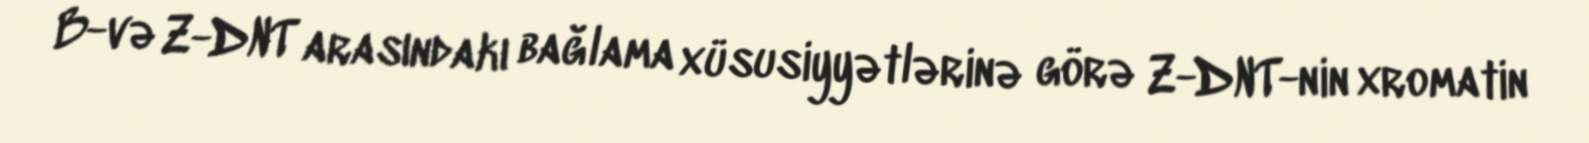
B-və Z-DNT arasındakı bağlama xüsusiyyətlərinə görə Z-DNT-nin xromatin